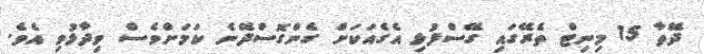
ދޭތާ 15 މިނިޓް ތެރޭގައި ގޭސްފުޅި އެގެއަކަށް ގެންގޮސްދޭނެ ކަމަށްވެސް ވިދާޅުވި އެވެ.